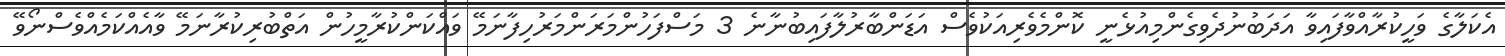
އެކަލާގެ ވަހީކުރާއްވާފައިވާ އަދަބުނުދެވިގެންމިއުޅެނީ ކޮންމެވެރިއަކުވެސް އަޑަންބާރުލާފައިބުނާނެ 3 މަސްފަހުންމަރަންމަރުހިފާނަމޭ ވައްކަންކުރާމީހުން އަތްބުރިކުރާނަމޭ ވާއެއްކަމެއްވެސްނޯވޭ